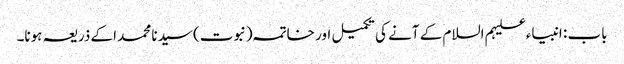
باب : انبیاء علیہم السلام کے آنے کی تکمیل اور خاتمہ (نبوت) سیدنا محمد اکے ذریعہ ہونا۔